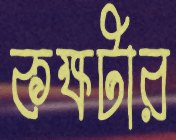
কক্ষটার